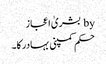
by بشریٰ اعجاز
حکم کمپنی بہادر کا۔